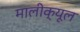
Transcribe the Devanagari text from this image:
मालीक्यूल